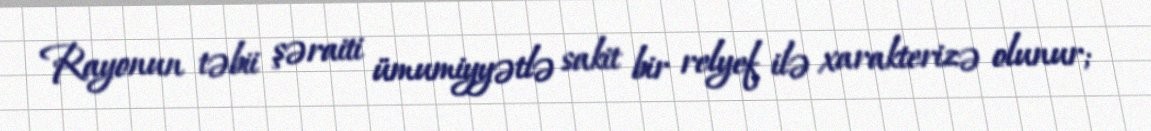
Rayonun təbii şəraiti ümumiyyətlə sakit bir relyef ilə xarakterizə olunur;